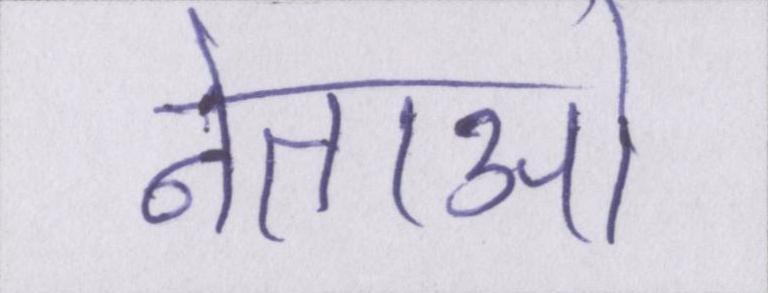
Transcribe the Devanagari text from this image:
नेताओ